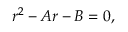
r ^ { 2 } - A r - B = 0 ,